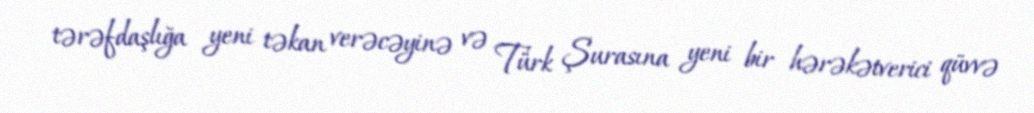
tərəfdaşlığa yeni təkan verəcəyinə və Türk Şurasına yeni bir hərəkətverici qüvvə